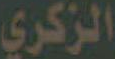
الزكري